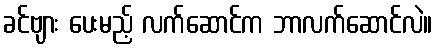
ခင်ဗျား ပေးမည့် လက်ဆောင်က ဘာလက်ဆောင်လဲ။